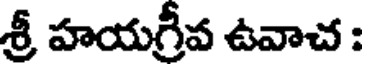
శ్రీ హయగ్రీవ ఉవాచ :